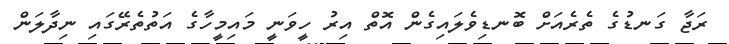
ރަޖާ ގަނޑުގެ ތެރެއަށް ބޮނޑިވެލައިގެން އޮތް އިރު ހީވަނީ މައިމީހާގެ އަތުތެރޭގައި ނިދާލަން